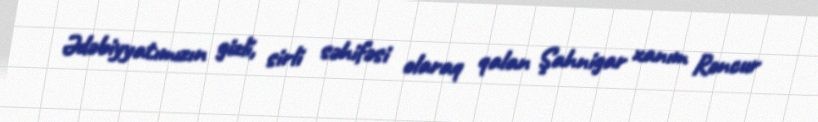
Ədəbiyyatımızın gizli, sirli səhifəsi olaraq qalan Şahnigar xanım Rəncur